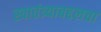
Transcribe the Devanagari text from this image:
स्वातंत्र्याबद्दलचा